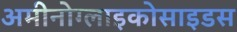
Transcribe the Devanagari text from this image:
अमीनोग्लाइकोसाइडस